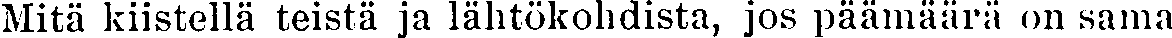
Mitä kiistellä teistä ja lähtökohdista, jos päämäärä on sama